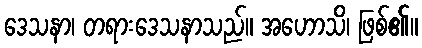
ဒေသနာ၊ တရားဒေသနာသည်။ အဟောသိ၊ ဖြစ်၏။